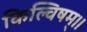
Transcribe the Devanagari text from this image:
किल्विषम्।।